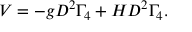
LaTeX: V = - g D ^ { 2 } \Gamma _ { 4 } + H D ^ { 2 } \Gamma _ { 4 } .